Annual report of the Imperial Bacteriologist
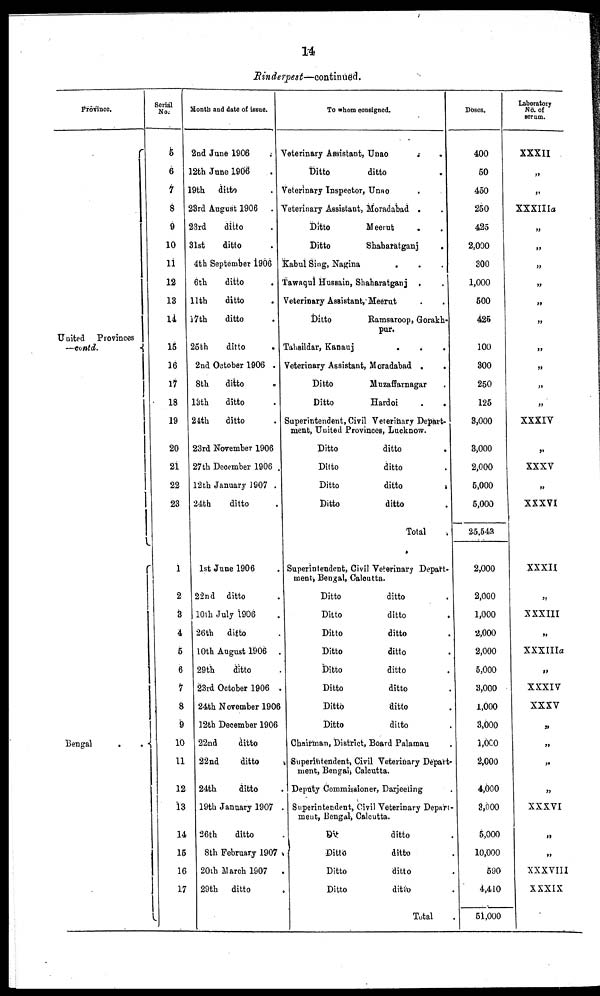
14
Rinderpest—continued.
Province.
United Provinces
—contd.
{
.
Bengal . .{
Serial
No.
5
6
7
8
9
10
11
12
13
14
15
16
17
18
19
20
21
22
23
1
2
3
4
5
6
7
8
9
10
11
12
13
14
15
16
17
Month and date of issue.
2nd June
1906.
12th June 1906.
19th ditto.
23rd August
1906.
23rd
ditto.
31st
ditto.
4th September 1906.
6th
ditto.
11th
ditto.
17th
ditto.
25th
ditto.
2nd October 1906.
8th
ditto.
13th
ditto.
24th
ditto.
23rd November 1906.
27th December 1906.
12th January 1907.
24th
ditto.
1st June 1906.
22nd ditto.
10th July 1906.
26th ditto.
10th August
1906.
29th
ditto.
23rd October 1906.
24th November 1906.
12th December 1906
22nd
ditto.
22nd
ditto.
24th
ditto.
19th January 1907.
26th
ditto
.
8th February 1907.
20th March 1907.
29th ditto.
To whom consigned.
Veterinary Assistant, Unao . .
Ditto
ditto .
Veterinary Inspector, Unao
Veterinary Assistant, Moradabad .
Ditto
Meerut . .
Ditto
Shaharatganj
Kabul Sing, Nagina
.
Tawaqul Hussain, Shaharatganj .
Veterinary Assistant, Meerut
.
Ditto
Ramsaroop,
Gorakh-
pur.
Tahsildar, Kanauj
.
Veterinary Assistant, Moradabad .
.
Ditto
Muzaffarnagar
Ditto
Hardoi
.
.
Superintendent, Civil Veterinary Depart¬
ment, United Provinces, Lucknow.
Ditto
ditto
.
Ditto
ditto .
Ditto
ditto
.
Ditto
ditto .
Total .
Superintendent, Civil Veterinary Depart-
ment, Bengal, Calcutta.
Ditto
ditto.
Ditto
ditto.
Ditto
ditto.
Ditto
ditto.
Ditto
ditto.
Ditto
ditto.
Dittd
ditto.
Ditto
ditto.
Chairman, District, Board Palamau .
Superintendent, Civil Veterinary Depart¬
ment, Bengal, Calcutta.
Deputy Commissioner, Darjeeling
Superintendent, Civil Veterinary Depart-
ment, Bengal, Calcutta.
Ditto ditto.
Ditto
ditto.
Ditto
ditto.
Ditto
ditto.
Total .
Doses.
400
50
450
250
425
2,000
300
1,000
500
425
100
300
250
125
3,000
3,000
2,000
5,000
5,000
25,543
2,000
2,000
1,000
2,000
2,000
5,000
3,000
1,000
3,000
1,000
2,000
4,000
3,000
5,000
10,000
590
4,410
51,000
Laboratory
No. of
serum.
XXXII
„
„
XXXIIIa
„
„
„
„
„
„
„
„
„
„
XXXIV
„
XXXV
„
XXXVI
XXXII
„
XXXIII
„
XXXIIIa
„
XXXIV
XXXV
„
„
„
„
XXXVI
„
„
XXXVIII
XXXIX